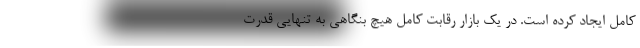
کامل ایجاد کرده است. در یک بازار رقابت کامل هیچ بنگاهی به تنهایی قدرت